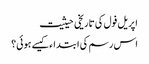
اپریل فول کی تاریخی حیثیت
اس رسم کی ابتداء کیسے ہوئی؟